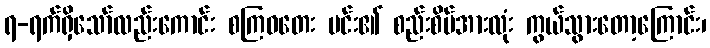
ရ-ရက်ရှိသော်လည်းကောင်း စကြဝတေး မင်း၏ စည်းစိမ်အားလုံး ကွယ်သွားတော့ကြောင်း၊